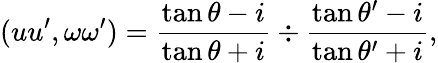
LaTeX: (uu^{\prime},\omega\omega^{\prime})={\frac{\tan\theta-i}{\tan\theta+i}}\div{\frac{\tan\theta^{\prime}-i}{\tan\theta^{\prime}+i}},